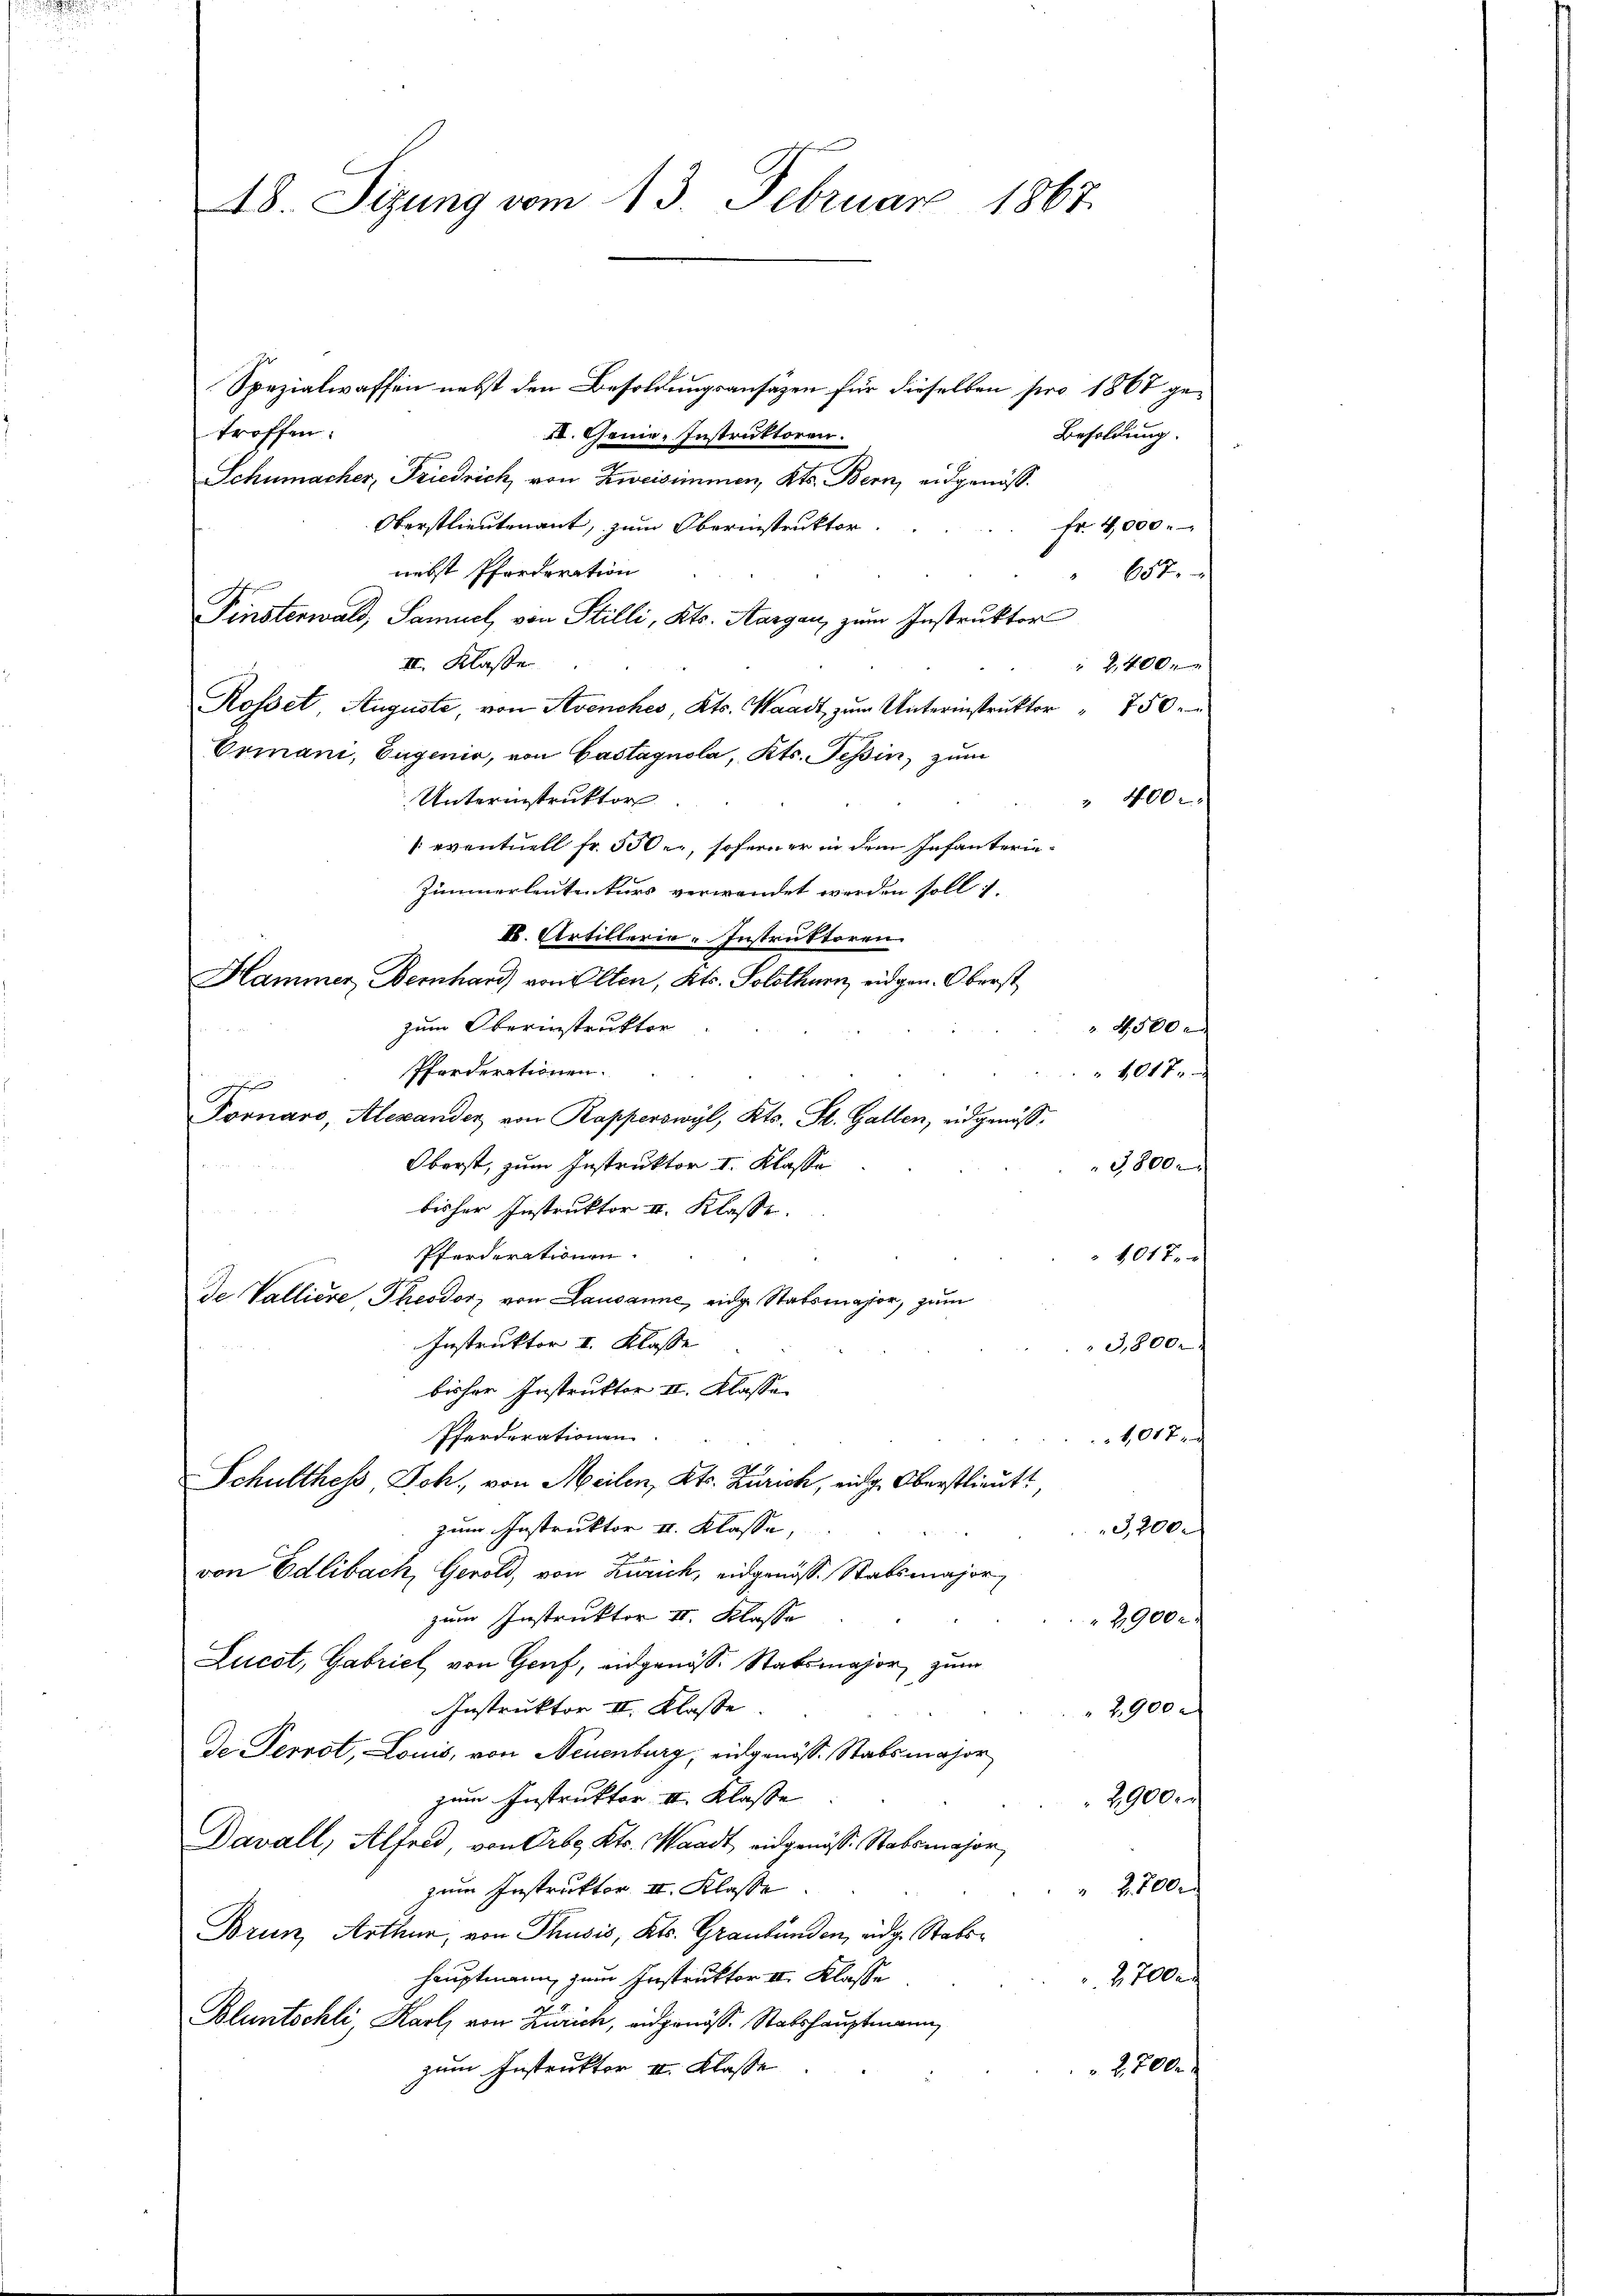
48. Sizung vom 13. Februar 1867.

Spezialwaffen nebst den Besoldungsansätzen für dieselben pro 1867 ge-
troffen:
Besoldung.
. Genie, Instruktoren.
Schumacher, Friedrich, von Zweisimmen, Kts. Bern, eidgenös¬
Oberstlieutenant, zum Oberinstruktor.
fr. 4000.
nebst Pferderation
14.
Finsterwald, Samuel, von Stilli, Kts. Aargau, zum Instruktor
II. Klasse
" 2400.
Rosset, Auguste, von Avenches, Kts. Waadt zum Unterinstruktor " 750.
Ormani, Eugenie, von Gastagnola, Kts. Tessin, zum
Unterinstruktor
" 400 x
(eventuell fr. 500, soferner in dem Infanterin¬
Zimmerleutenkurs verwendet werden soll.
X. Artillerie-Instruktoren.
Hammer Bernhard von Elten, Kts. Solothurn, eidgen. Oberst
zum Oberinstruktor
Pferderationen.
gefun
Fornaro, Alexander von Rapperswyl, Kts. St. Gallen, eidgenöß¬
Oberst, zum Instruktor I. Klasse
3800.
bisher Instruktor II. Klasse.
Pferderationen.
101 xx
de Valliere, Theodor von Lausanne, eidge Statsmajor, zum
Instruktor II. Klasse
3,800.
bisher Instruktor II. Klasse
Pferderationen
1,017.
Schulthess, Joh. von Meilen, Kts. Zürich, eidg. Oberstlieutt,
zum Instruktor II. Klasse,
3,200.
von Edlibach, Gerold, von Zürich, eidgenöss. Stabsmajor
zum Instruktor II. Klasse
2900 c.
Lucot, Gabriel von Genf, angenöss. Stabsmajor, zum
Instruktor II. Klasse
2900.
De Perrot, Louis, von Neuenburg, eidgenöss. Stabsmajor
zum Instruktor II. Klasse
2900.
Davall, Alfred, von Erbs Kts. Waadt eidgenösse Stabsmajor
 2,700
zum Instruktor II. Klasse.
Brun, Arthur, von Thusis, Kts. Graubünden, eidg. Stabshauptmann, zum Instruktor II. Klasse
2700.
Bluntschli, Karl, von Zürich, eidgenöss. Stabshauptmann
zum Instruktor II Klasse
2,700.

4,500
1017.